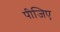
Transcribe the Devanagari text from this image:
पीजिए